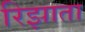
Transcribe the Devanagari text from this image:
रिझाता